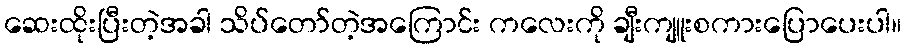
ဆေးထိုးပြီးတဲ့အခါ သိပ်တော်တဲ့အကြောင်း ကလေးကို ချီးကျူးစကားပြောပေးပါ။